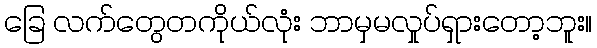
ခြေ လက်တွေတကိုယ်လုံး ဘာမှမလှုပ်ရှားတော့ဘူး။